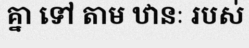
គ្នា ទៅ តាម ឋានៈ របស់